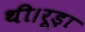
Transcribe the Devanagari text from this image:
थी।रूड़ा